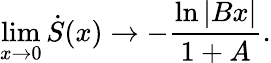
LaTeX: \operatorname*{lim}_{x\rightarrow 0}\dot{S}(x)\rightarrow-\frac{\ln|Bx|}{1+A}.